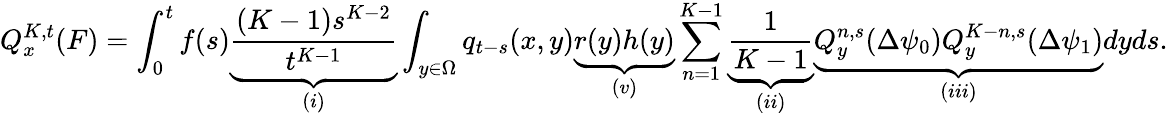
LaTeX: Q_{x}^{K,t}(F)=\int_{0}^{t}f(s)\underbrace{\frac{(K-1)s^{K-2}}{t^{K-1}}}_{(i)}\int_{y\in\Omega}q_{t-s}(x,y)\underbrace{r(y)h(y)}_{(v)}\sum_{n=1}^{K-1}\underbrace{\frac{1}{K-1}}_{(ii)}\underbrace{Q_{y}^{n,s}(\Delta\psi_{0})Q_{y}^{K-n,s}(\Delta\psi_{1})}_{(iii)}dyds.